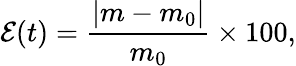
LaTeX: \mathcal{E}(t)=\frac{|m-m_{0}|}{m_{0}}\times 100,